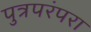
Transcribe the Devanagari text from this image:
पुत्रपरंपरा